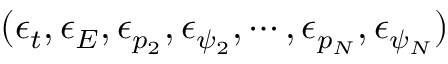
( \epsilon _ { t } , \epsilon _ { E } , \epsilon _ { p _ { 2 } } , \epsilon _ { \psi _ { 2 } } , \cdots , \epsilon _ { p _ { N } } , \epsilon _ { \psi _ { N } } )